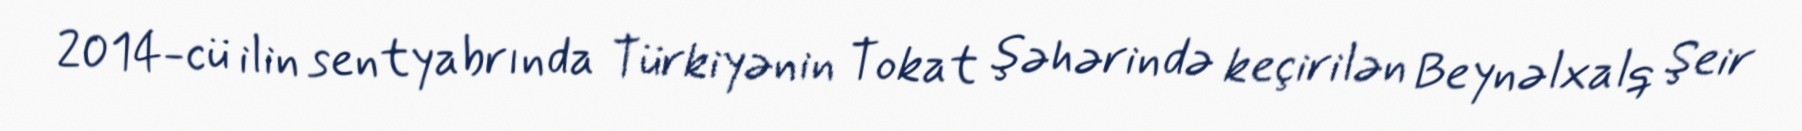
2014-cü ilin sentyabrında Türkiyənin Tokat şəhərində keçirilən Beynəlxalq Şeir